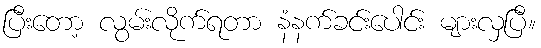
ပြီးတော့ လွမ်းလိုက်ရတာ နံနက်ခင်းပေါင်း များလှပြီ။